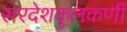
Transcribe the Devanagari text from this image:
सरदेशकुलकर्णी